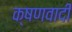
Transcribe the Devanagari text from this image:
क्षणवादी